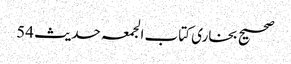
صحیح بخاری کتاب الجمعہ حدیث 54